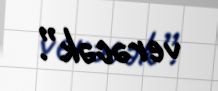
verəcək”.